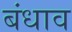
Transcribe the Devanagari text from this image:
बंधाव